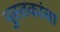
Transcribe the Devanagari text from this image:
पुस्‍तकांचा